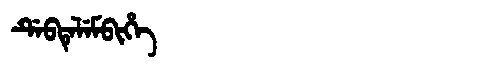
Manchu: ᡩᡝᠪᡨᡝᠯᡝᠮᠪᡳᡥᡝ
Romanization: DEBTELEMBIHE